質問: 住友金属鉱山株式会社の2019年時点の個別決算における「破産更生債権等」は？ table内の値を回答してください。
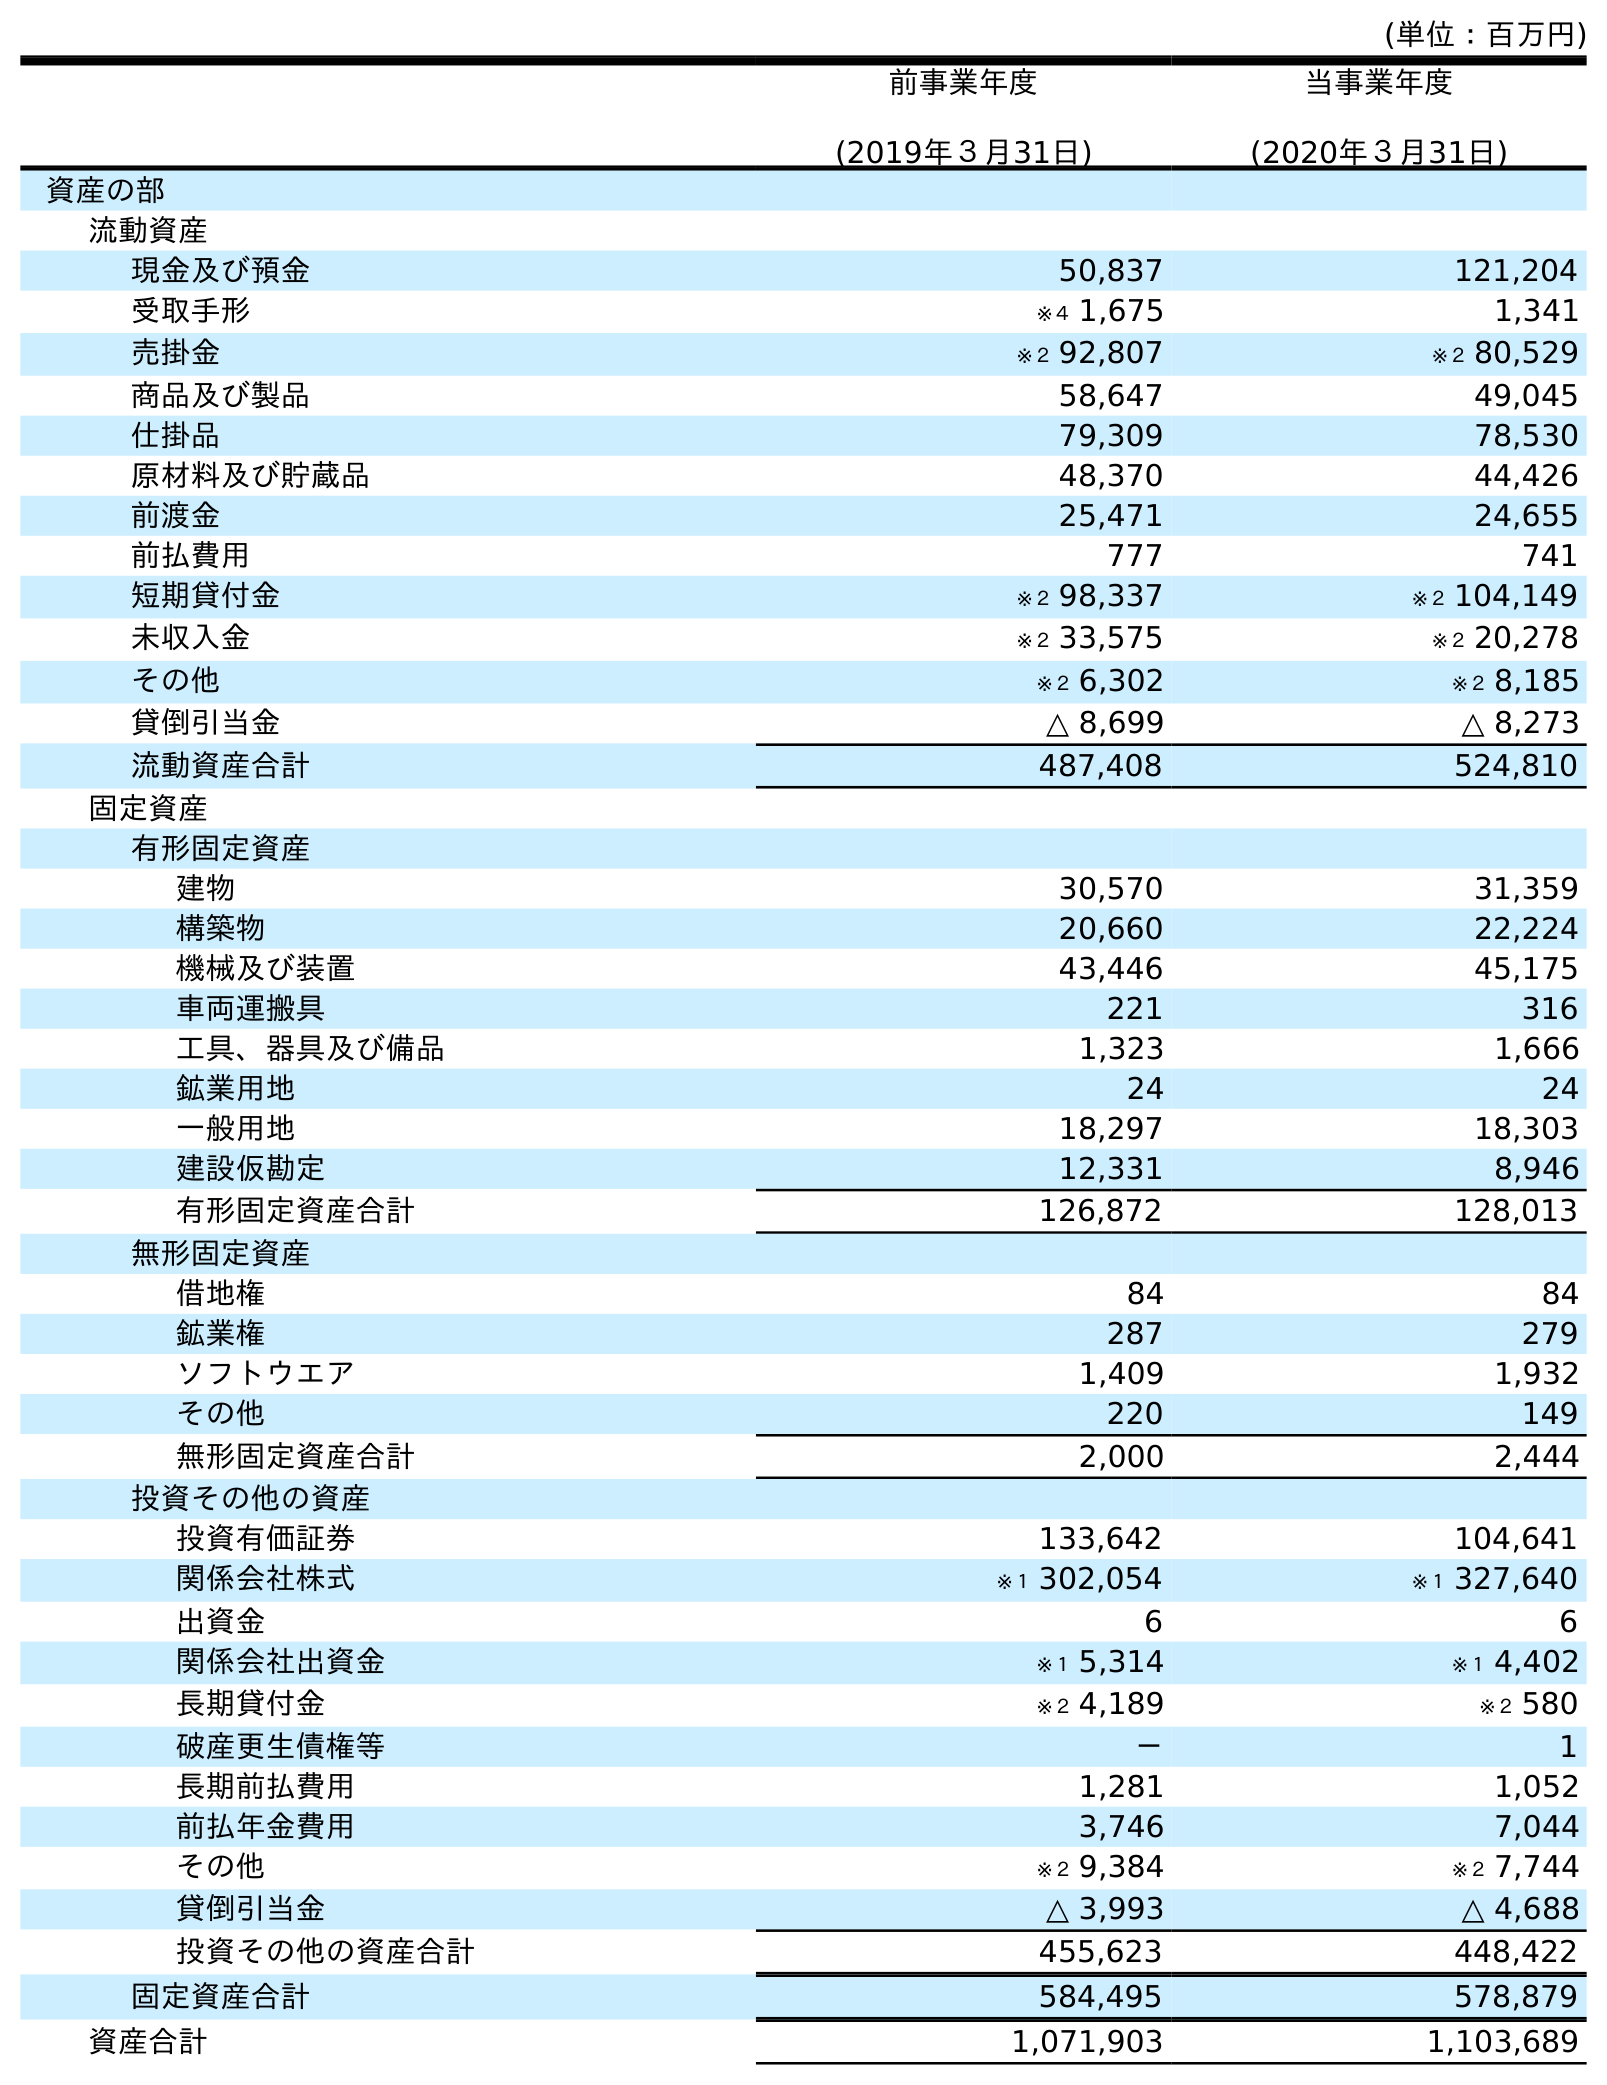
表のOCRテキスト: (単位：百万円) 前事業年度 (2019年３月31日) 当事業年度 (2020年３月31日) 資産の部 流動資産 現金及び預金 50,837 121,204 受取手形 ※４ 1,675 1,341 売掛金 ※２ 92,807 ※２ 80,529 商品及び製品 58,647 49,045 仕掛品 79,309 78,530 原材料及び貯蔵品 48,370 44,426 前渡金 25,471 24,655 前払費用 777 741 短期貸付金 ※２ 98,337 ※２ 104,149 未収入金 ※２ 33,575 ※２ 20,278 その他 ※２ 6,302 ※２ 8,185 貸倒引当金 △ 8,699 △ 8,273 流動資産合計 487,408 524,810 固定資産 有形固定資産 建物 30,570 31,359 構築物 20,660 22,224 機械及び装置 43,446 45,175 車両運搬具 221 316 工具、器具及び備品 1,323 1,666 鉱業用地 24 24 一般用地 18,297 18,303 建設仮勘定 12,331 8,946 有形固定資産合計 126,872 128,013 無形固定資産 借地権 84 84 鉱業権 287 279 ソフトウエア 1,409 1,932 その他 220 149 無形固定資産合計 2,000 2,444 投資その他の資産 投資有価証券 133,642 104,641 関係会社株式 ※１ 302,054 ※１ 327,640 出資金 6 6 関係会社出資金 ※１ 5,314 ※１ 4,402 長期貸付金 ※２ 4,189 ※２ 580 破産更生債権等 － 1 長期前払費用 1,281 1,052 前払年金費用 3,746 7,044 その他 ※２ 9,384 ※２ 7,744 貸倒引当金 △ 3,993 △ 4,688 投資その他の資産合計 455,623 448,422 固定資産合計 584,495 578,879 資産合計 1,071,903 1,103,689
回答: －